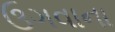
ઉગવાના